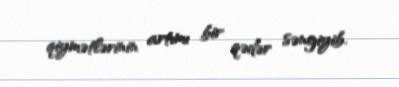
qiymətlərinin artımı bir qədər səngiyib.